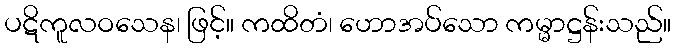
ပဋိကူလဝသေန၊ ဖြင့်။ ကထိတံ၊ ဟောအပ်သော ကမ္မာဋ္ဌန်းသည်။